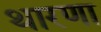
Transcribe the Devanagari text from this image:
थारणा